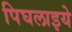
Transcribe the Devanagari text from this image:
पिघलाइये